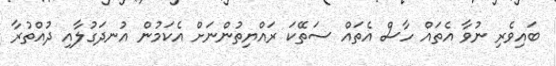
ބައިވެރި ނުވާ އެތައް ހާސް އެތައް ސަތޭކަ ރައްޔިތުންނަށް އެކަމުން އުނދަގުލާއި ދުއްތުރާ